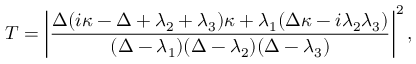
T = \left| \frac { \Delta ( i \kappa - \Delta + \lambda _ { 2 } + \lambda _ { 3 } ) \kappa + \lambda _ { 1 } ( \Delta \kappa - i \lambda _ { 2 } \lambda _ { 3 } ) } { ( \Delta - \lambda _ { 1 } ) ( \Delta - \lambda _ { 2 } ) ( \Delta - \lambda _ { 3 } ) } \right| ^ { 2 } ,